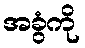
အခွံကို